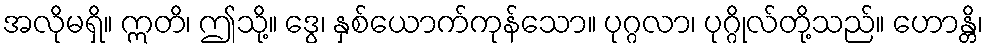
အလိုမရှိ။ ဣတိ၊ ဤသို့။ ဒွေ၊ နှစ်ယောက်ကုန်သော။ ပုဂ္ဂလာ၊ ပုဂ္ဂိုလ်တို့သည်။ ဟောန္တိ၊